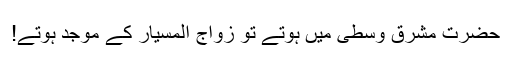
حضرت مشرق وسطیٰ میں ہوتے تو زواج المسیار کے موجد ہوتے!